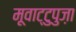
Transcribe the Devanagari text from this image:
मूवाट्टुपुज़ा